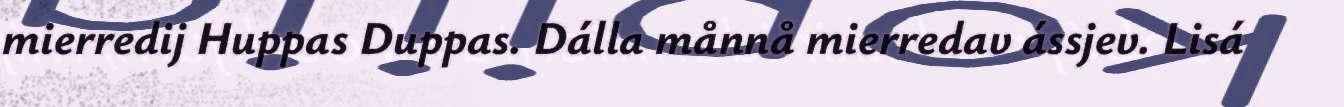
mierredij Huppas Duppas. Dálla månnå mierredav ássjev. Lisá